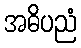
အဓိပညံ